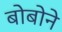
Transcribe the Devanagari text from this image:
बोबोने